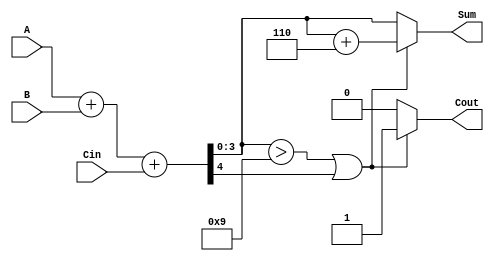
module BCD_Fast_Adder (
    input  wire [3:0] A,      // 4-bit BCD input A
    input  wire [3:0] B,      // 4-bit BCD input B
    input  wire Cin,           // Carry input
    output reg  [3:0] Sum,     // 4-bit BCD output Sum
    output reg  Cout           // Carry output
);

    wire [4:0] S;             // 5-bit sum to hold A + B + Cin
    wire correction_needed;    // Flag for correction

    // Step 1: Perform binary addition
    assign S = A + B + Cin;

    // Step 2: Determine if correction is needed
    assign correction_needed = (S[3:0] > 4'd9) || S[4];

    // Step 3: Calculate the corrected sum and carry out
    always @(*) begin
        if (correction_needed) begin
            Sum = S[3:0] + 4'd6; // Add 6 to correct the BCD
            Cout = 1;            // Set carry out
        end else begin
            Sum = S[3:0];        // No correction needed
            Cout = 0;            // No carry out
        end
    end

endmodule